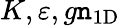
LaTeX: K,\varepsilon,g\mathtt{n}_{\mathrm{{1D}}}